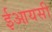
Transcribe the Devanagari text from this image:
ईआयसी